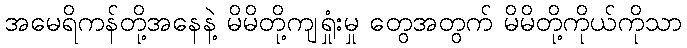
အမေရိကန်တို့အနေနဲ့ မိမိတို့ကျရှုံးမှု တွေအတွက် မိမိတို့ကိုယ်ကိုသာ